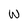
Character: W